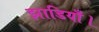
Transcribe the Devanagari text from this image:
झाडियाँ।